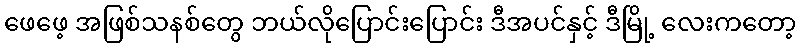
ဖေဖေ့ အဖြစ်သနစ်တွေ ဘယ်လိုပြောင်းပြောင်း ဒီအပင်နှင့် ဒီမြို့ လေးကတော့